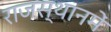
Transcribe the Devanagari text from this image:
राजस्थानमें